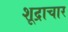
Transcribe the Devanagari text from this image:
शूद्राचार